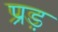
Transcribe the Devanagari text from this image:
प्रड़